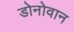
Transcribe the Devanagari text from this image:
डोनोवान